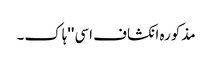
مذکورہ انکشاف اسی ''ہاک۔